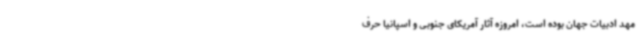
مهد ادبیات جهان بوده است، امروزه آثار آمریکای جنوبی و اسپانیا حرف